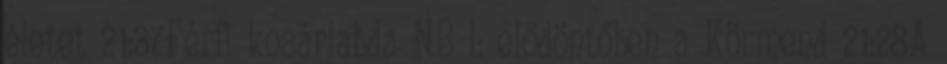
életet 21:37Férfi kosárlabda NB I: elődöntőben a Körmend 21:28A